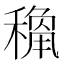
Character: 𥡾